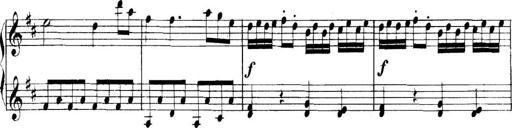
Title: Collected Piano Sonatas
Composer: Muzio Clementi